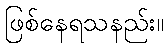
ဖြစ်နေရသနည်း။